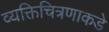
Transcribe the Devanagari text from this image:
व्यक्तिचित्रणाकडे